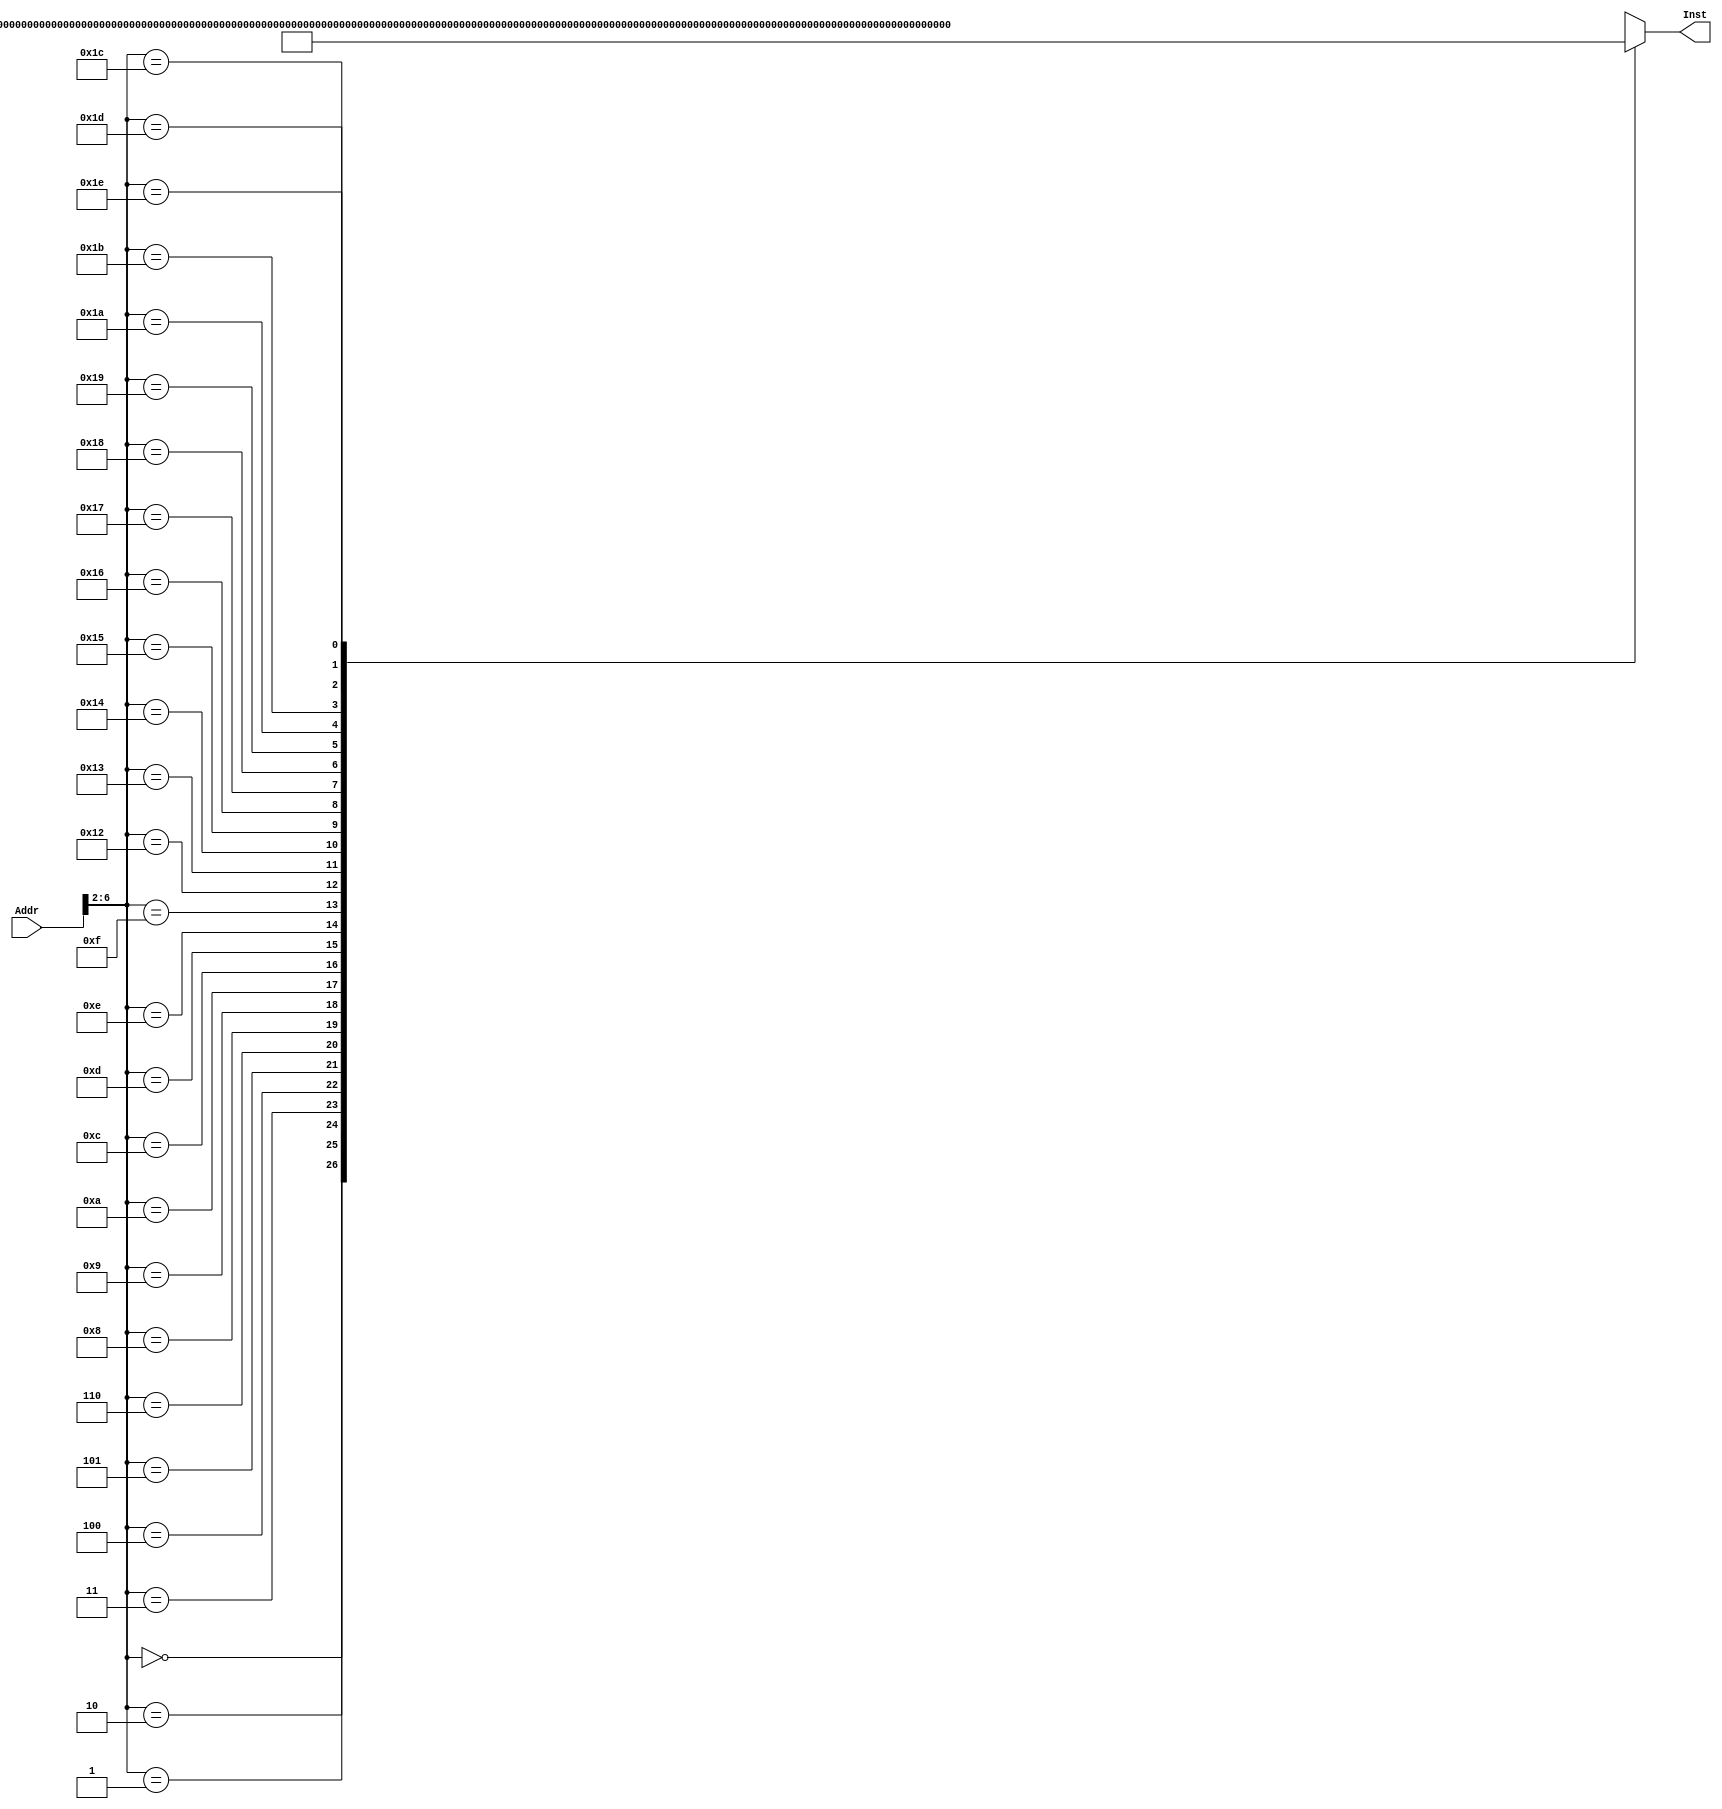
`timescale 1ns / 1ps


module INSTMEM(Addr,Inst);//
input[31:0]Addr;
//input InsMemRW;//'0'
output[31:0]Inst;
wire[31:0]Rom[31:0];
assign Rom[5'h00]=32'h20010008;//addi $1,$0,8 $1=8
assign Rom[5'h01]=32'h3402000C;//ori $2,$0,12 $2=12
assign Rom[5'h02]=32'h00221820;//add $3,$1,$2 $3=20
assign Rom[5'h03]=32'h00412022;//sub $4,$2,$1 $4=4
assign Rom[5'h04]=32'h00222824;//and $5,$1,$2
assign Rom[5'h05]=32'h00223025;//or $6,$1,$2
assign Rom[5'h06]=32'h14220001;//bne $1,$2,1
assign Rom[5'h07]=32'hXXXXXXXX;
assign Rom[5'h08]=32'b01110000001000100111100000000010;//mul $1,$2
assign Rom[5'h09]=32'h10220002;// beq $1,$2,2()
assign Rom[5'h0A]=32'h0800000c;// J 0c 
assign Rom[5'h0B]=32'hXXXXXXXX;
assign Rom[5'h0C]=32'b00000000001000101000000000100011;// subu $15,$1,$2
assign Rom[5'h0D]=32'hAD02000A;// sw $2 10($8) memory[$8+10]=12
assign Rom[5'h0E]=32'h8D04000A;//lw $4 10($8) $4=12
assign Rom[5'h0F]=32'h10440002;//beq $2,$4,2
assign Rom[5'h10]=32'hXXXXXXXX;
assign Rom[5'h11]=32'hXXXXXXXX;
assign Rom[5'h12]=32'b10100100000100000000000000001100;//memory[$0+12]=$15
assign Rom[5'h13]=32'h30470009;//andi $2,9,$7
assign Rom[5'h14]=32'b00000000100000100011100000000100;//sllv  $4,$2,$7
assign Rom[5'h15]=32'b00000000001000100100000000101010;//sltu  $1,$2,$8
assign Rom[5'h16]=32'b00000000001000100100100000101010;//slt  $1,$2,$9
assign Rom[5'h17]=32'b00000000011000100101000000100110;//xor $3,$2,$10
assign Rom[5'h18]=32'b00111000010010110000000000111111;//xori $2.$11,b'111111
assign Rom[5'h19]=32'b00111100000011000000000000001111;// lui $12,32
assign Rom[5'h1A]=32'b00000001100010100110100000100111;//nor $12,$10,$13
assign Rom[5'h1B]=32'b00101000001011100000000000010000;//slti  $1 $14 32
assign Rom[5'h1C]=32'b00011000000000010000000000000001;//0$1>0
assign Rom[5'h1D]=32'h44444444;
assign Rom[5'h1E]=32'b00000000010001110111100000100001;//addu  $2, $7,$15
assign Rom[5'h1F]=32'hXXXXXXXX;
//00000000010000010011100000000100

assign Inst=Rom[Addr[6:2]];
endmodule